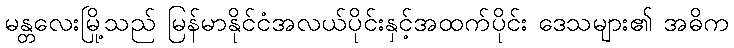
မန္တလေးမြို့သည် မြန်မာနိုင်ငံအလယ်ပိုင်းနှင့်အထက်ပိုင်း ဒေသများ၏ အဓိက